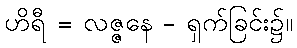
ဟိရီ = လဇ္ဇနေ - ရှက်ခြင်း၌။